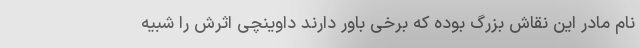
نام مادر این نقاش بزرگ بوده که برخی باور دارند داوینچی اثرش را شبیه